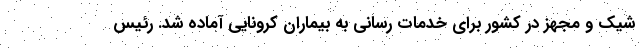
شیک و مجهز در کشور برای خدمات رسانی به بیماران کرونایی آماده شد. رئیس